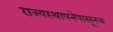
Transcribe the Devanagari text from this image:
राज्यस्थापनेपासूनच